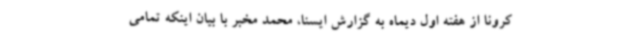
کرونا از هفته اول دیماه به گزارش ایسنا، محمد مخبر با بیان اینکه تمامی